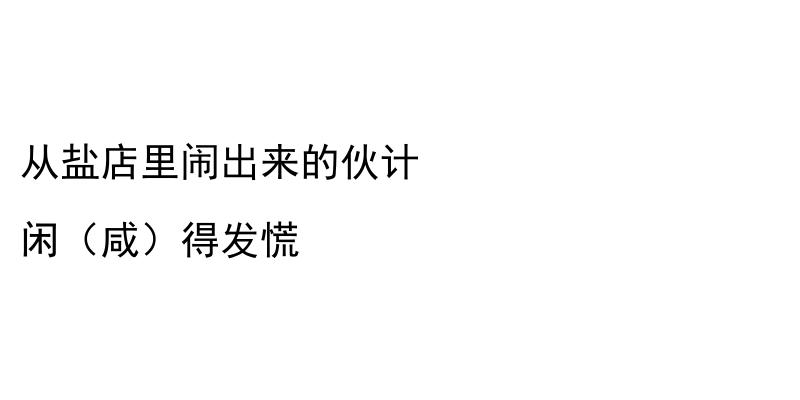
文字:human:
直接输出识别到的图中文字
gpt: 从盐店里闹出来的伙计 闲（咸）得发慌